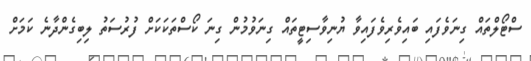
ސްޓޯލްތައް ގިނަވެފައި ބައިވެރިވެފައިވާ ޔުނިވާސިޓީތައް ގިނަވުމުން ގިނަ ކޯސްތަކަކަށް ފުރުސަތު ލިބިގެންދާނެ ކަމަށް